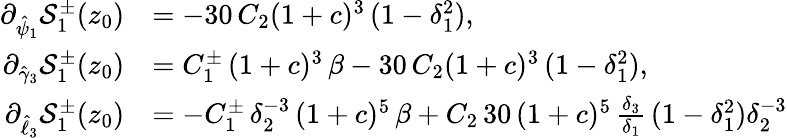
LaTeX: \begin{array}{rl}{\partial_{\hat{\psi}_{1}}\mathcal{S}_{1}^{\pm}(z_{0})}&{=-30\, C_{2}(1+c)^{3}\, (1-\delta_{1}^{2}),}\\ {\partial_{\hat{\gamma}_{3}}\mathcal{S}_{1}^{\pm}(z_{0})}&{=C_{1}^{\pm}\, (1+c)^{3}\, \beta-30\, C_{2}(1+c)^{3}\, (1-\delta_{1}^{2}),}\\ {\partial_{\hat{\ell}_{3}}\mathcal{S}_{1}^{\pm}(z_{0})}&{=-C_{1}^{\pm}\, \delta_{2}^{-3}\, (1+c)^{5}\, \beta+C_{2}\, 30\, (1+c)^{5}\, \frac{\delta_{3}}{\delta_{1}}\, (1-\delta_{1}^{2})\delta_{2}^{-3}}\end{array}